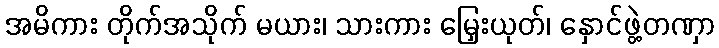
အမိကား တိုက်အသိုက် မယား၊ သားကား မြှေးယုတ်၊ နှောင်ဖွဲ့တဏှာ